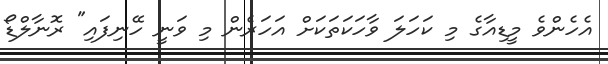
އެހެންވެ މީޑިއާގެ މި ކަހަލަ ވާހަކަތަކަށް އަހަރެން މި ވަނީ ހޭނިފައި" ރޮނާލްޑޯ